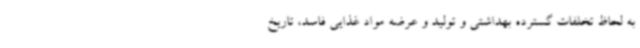
به لحاظ تخلفات گسترده بهداشتی و تولید و عرضه مواد غذایی فاسد، تاریخ